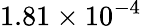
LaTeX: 1.81\times 10^{-4}